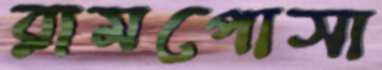
রামপোসা